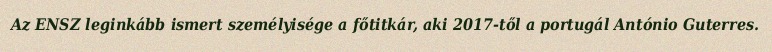
Az ENSZ leginkább ismert személyisége a főtitkár, aki 2017-től a portugál António Guterres.